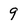
Character: 9